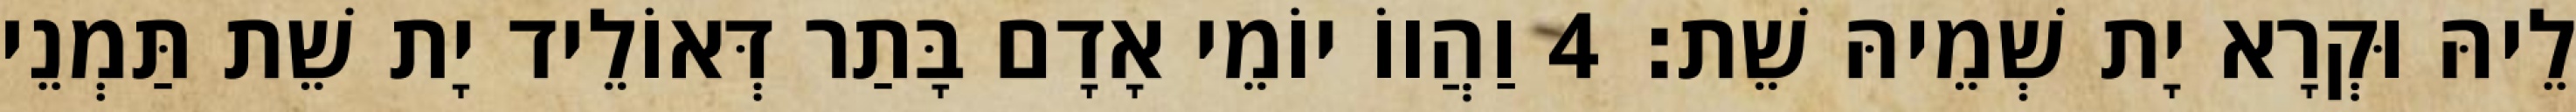
לֵיהּ וּקְרָא יָת שְׁמֵיהּ שֵׁת׃ 4 וַהֲווֹ יוֹמֵי אָדָם בָּתַר דְּאוֹלֵיד יָת שֵׁת תַּמְנֵי